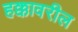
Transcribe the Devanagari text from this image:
हक्कावरील